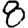
Digit: 8